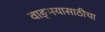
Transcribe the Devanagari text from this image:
वाङ्‌मयासाठीचा